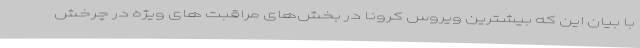
با بیان این که بیشترین ویروس کرونا در بخش‌های مراقبت های ویژه در چرخش